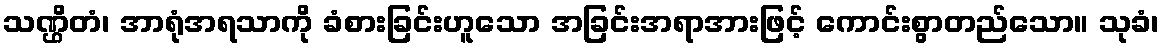
သဏ္ဌိတံ၊ အာရုံအရသာကို ခံစားခြင်းဟူသော အခြင်းအရာအားဖြင့် ကောင်းစွာတည်သော။ သုခံ၊